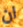
ان